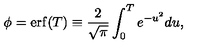
\phi = \mathrm { e r f } ( T ) \equiv \frac { 2 } { \sqrt { \pi } } \int _ { 0 } ^ { T } e ^ { - u ^ { 2 } } d u ,